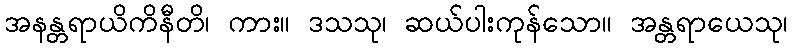
အနန္တရာယိကိနီတိ၊ ကား။ ဒသသု၊ ဆယ်ပါးကုန်သော။ အန္တရာယေသု၊